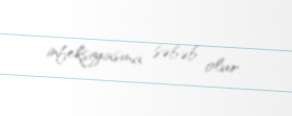
infeksiyasına səbəb olur.